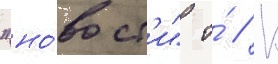
"но́вост'и" о́ // К